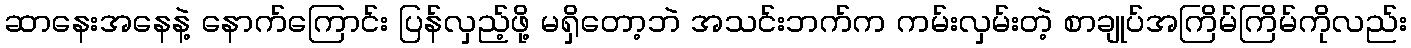
ဆာနေးအနေနဲ့ နောက်ကြောင်း ပြန်လှည့်ဖို့ မရှိတော့ဘဲ အသင်းဘက်က ကမ်းလှမ်းတဲ့ စာချုပ်အကြိမ်ကြိမ်ကိုလည်း